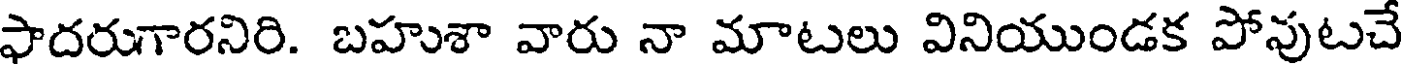
ఫాదరుగారనిరి. బహుశా వారు నా మాటలు వినియుండక పోపుటచే